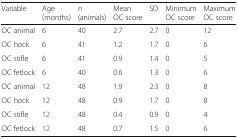
| Variable | Age (months) | n (animals) | Mean OC score | SD | Minimum OC score | Maximum OC score |
 | --- | --- | --- | --- | --- | --- | --- |
 | OC animal | 6 | 40 | 2.7 | 2.7 | 0 | 12 |
 | OC hock | 6 | 41 | 1.2 | 1.7 | 0 | 6 |
 | OC stifle | 6 | 41 | 0.9 | 1.4 | 0 | 5 |
 | OC fetlock | 6 | 40 | 0.6 | 1.3 | 0 | 6 |
 | OC animal | 12 | 48 | 1.9 | 2.3 | 0 | 8 |
 | OC hock | 12 | 48 | 0.9 | 1.7 | 0 | 8 |
 | OC stifle | 12 | 48 | 0.4 | 0.9 | 0 | 4 |
 | OC fetlock | 12 | 48 | 0.7 | 1.5 | 0 | 6 |